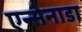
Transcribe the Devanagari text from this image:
एन्सेनाडा